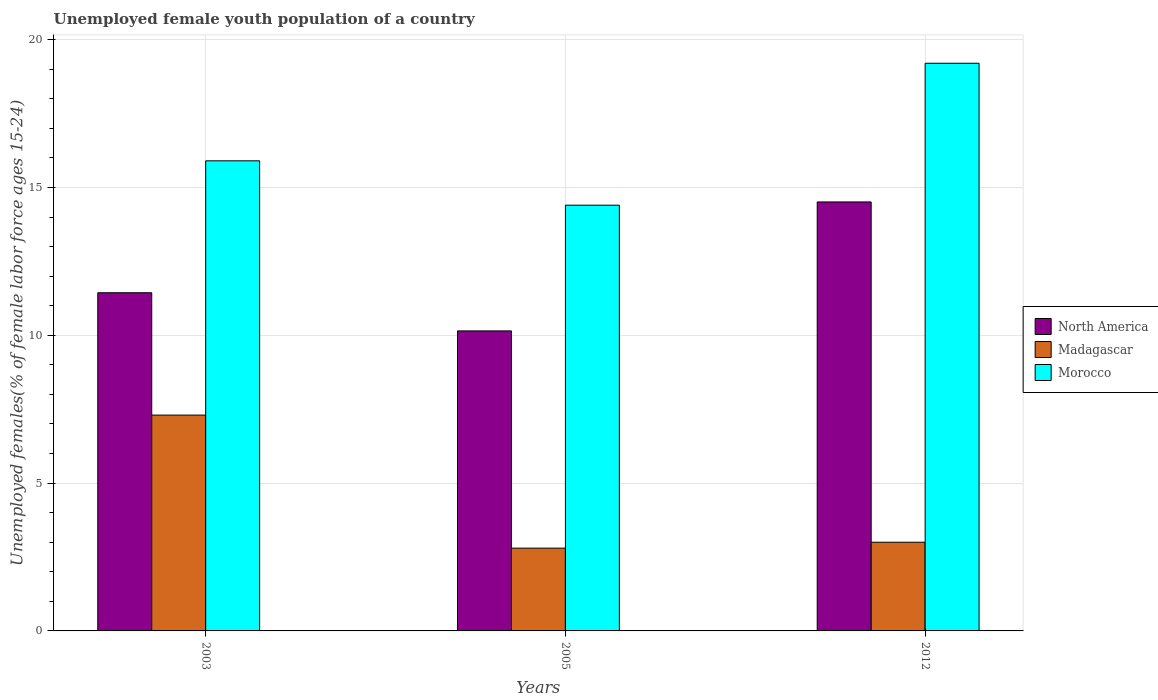
| Years | North America | Madagascar | Morocco |
 | --- | --- | --- | --- |
 | 2003 | 11.4 | 7.3 | 15.9 |
 | 2005 | 10.1 | 2.8 | 14.4 |
 | 2012 | 14.5 | 3 | 19.2 |